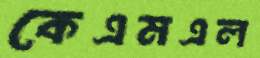
কেএমএল